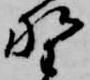
野